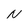
Character: N